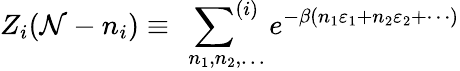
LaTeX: Z_{i}(\mathcal{N}-n_{i})\equiv\ \sideset{}{^{(i)}}\sum_{n_{1},n_{2},\ldots}e^{-\beta(n_{1}\varepsilon_{1}+n_{2}\varepsilon_{2}+\cdots)}